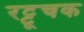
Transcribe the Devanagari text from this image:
रट्टूचक